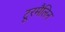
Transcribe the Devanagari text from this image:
टूरमैलिन